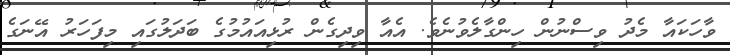
ވާހަކައާ މެދު ވިސްނުން ހިންގާލެވުނެވެ. އެއާ ވިދިގެން ރުޅިއައުމުގެ ބަދަލުގައި މިފަހަރު އޭނަގެ